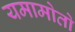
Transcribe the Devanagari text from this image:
यमामोतो